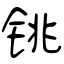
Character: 铫